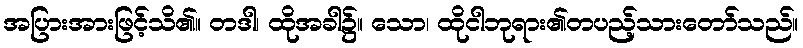
အပြားအားဖြင့်သိ၏။ တဒါ၊ ထိုအခါ၌။ သော၊ ထိုငါဘုရား၏တပည့်သားတော်သည်။